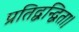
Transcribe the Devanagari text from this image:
प्रतिद्वन्द्विता।